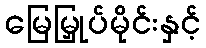
မြေမြှုပ်မိုင်းနှင့်